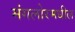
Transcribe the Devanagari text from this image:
मंगलोरमधील